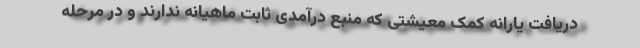
دریافت یارانه کمک معیشتی که منبع درآمدی ثابت ماهیانه ندارند و در مرحله